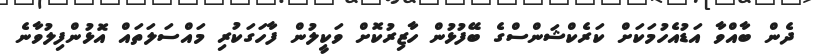
ދެން ބާއްވާ އަޑުއެހުމަކަށް ކަރެކްޝަންސްގެ ބޭފުޅުން ހާޒިރުކޮށް ވަކީލުން ފާހަގަކުރި މައްސަލަތައް އޮޅުންފިލުވާނެ